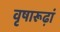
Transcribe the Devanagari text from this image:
वृषारूढ़ां